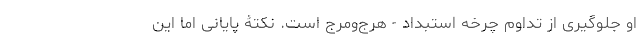
او جلوگیری از تداوم چرخه استبداد - هرج‌ومرج است. نکتۀ پایانی اما این